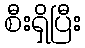
စီးရှိပြီး